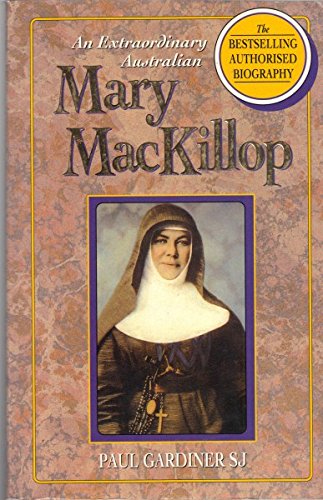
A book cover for An Extraordinary Australian: Mary MacKillop : The Authorised Biography; Paul Gardiner; Biographies & Memoirs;